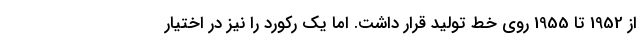
از 1952 تا 1955 روی خط تولید قرار داشت. اما یک رکورد را نیز در اختیار